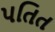
પતિત